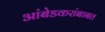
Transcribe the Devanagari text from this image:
आंबेडकरांबाबत